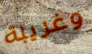
وغريبة